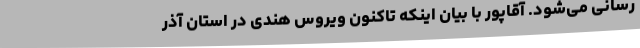
رسانی می‌شود. آقاپور با بیان اینکه تاکنون ویروس هندی در استان آذر